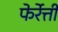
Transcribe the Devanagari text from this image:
फेर्रेत्ती